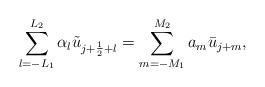
LaTeX: \begin{align*}\sum_{l=-L_1}^{L_2}\alpha_l\tilde{u}_{j+\frac{1}{2}+l}=\sum_{m=-M_1}^{M_2}a_m\bar{u}_{j+m},\end{align*}